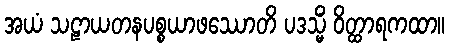
အယံ သဠာယတနပစ္စယာဖဿောတိ ပဒသ္မိံ ဝိတ္ထာရကထာ။